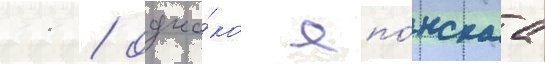
11 / одна́ко япо́нскаа